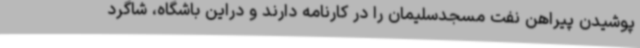
پوشیدن پیراهن نفت مسجدسلیمان را در کارنامه دارند و دراین باشگاه، شاگرد